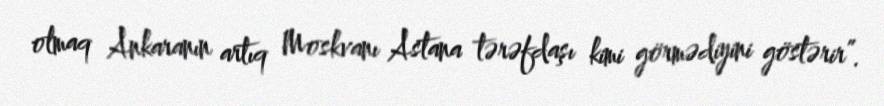
olmaq Ankaranın artıq Moskvanı Astana tərəfdaşı kimi görmədiyini göstərir”.